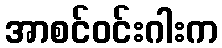
အာစင်ဝင်းဂါးက